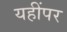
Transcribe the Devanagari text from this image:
यहींपर